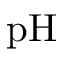
\mathrm { p H }